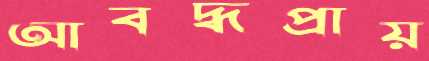
আবদ্ধপ্রায়